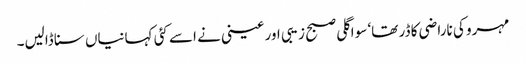
مہرو کی ناراضی کا ڈر تھا‘ سو اگلی صبح زیبی اور عینی نے اسے کئی کہانیاں سنا ڈالیں۔